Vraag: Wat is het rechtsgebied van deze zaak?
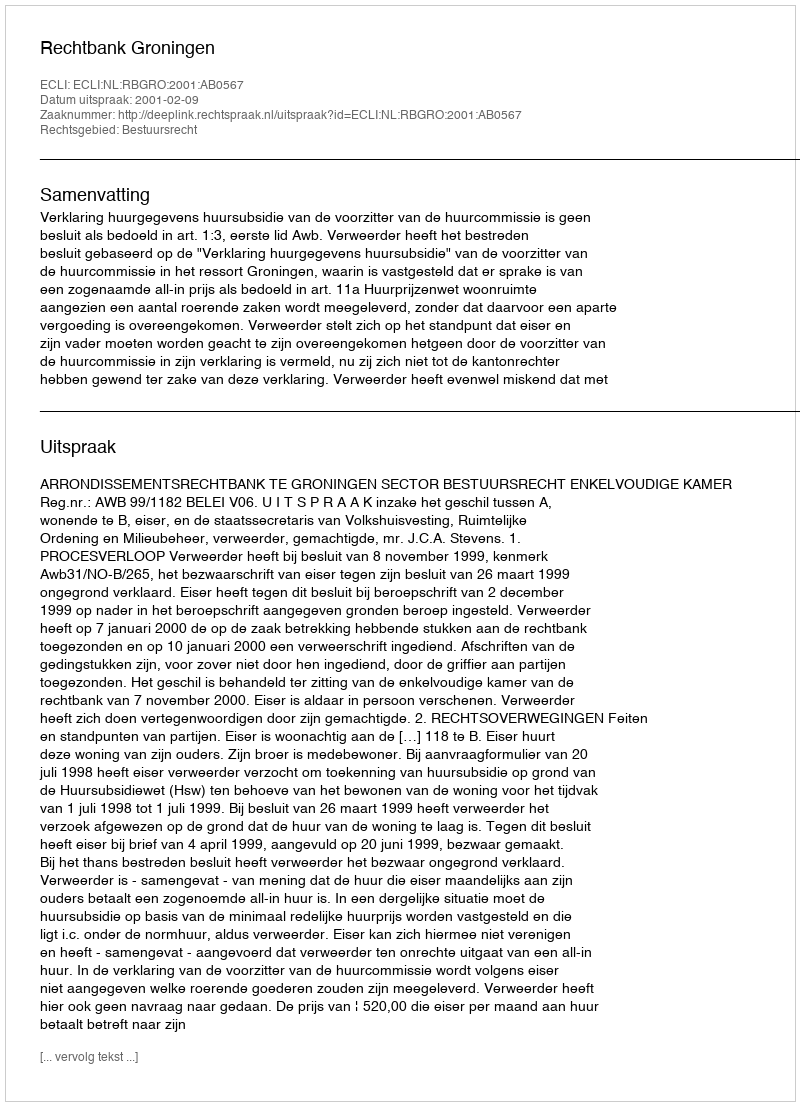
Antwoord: Bestuursrecht